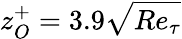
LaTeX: z_{O}^{+}=3.9\sqrt{Re_{\tau}}